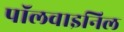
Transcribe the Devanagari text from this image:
पॉलवाइनिल